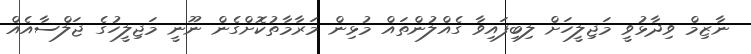
ނާޒިމް ވިދާޅުވީ މަޖިލީހަށް ލިބިފައިވާ ގެއްލުންތައް މުޅިން މަރާމާތުކޮށްގެން ނޫނީ މަޖިލީހުގެ ޖަލްސާއެއް